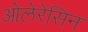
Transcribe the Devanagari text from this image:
ओलेरेसिन